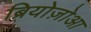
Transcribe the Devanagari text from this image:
ब्रियोज़ोआ